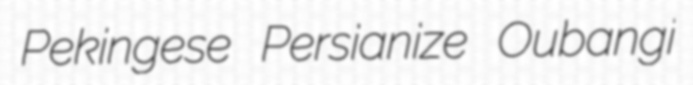
Pekingese Persianize Oubangi